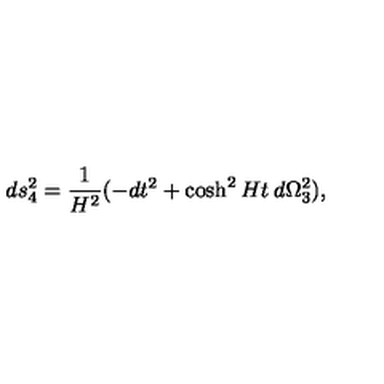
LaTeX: d s _ { 4 } ^ { 2 } = \frac { 1 } { H ^ { 2 } } ( - d t ^ { 2 } + \cosh ^ { 2 } H t \: d \Omega _ { 3 } ^ { 2 } ) ,